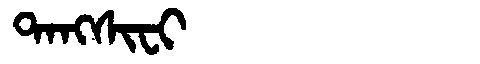
Manchu: ᡨᠠᠩᠰᡳᠸᡳ
Romanization: TANGSIFI